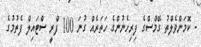
- ކޮމަންވެލްތު ގޭމްސްގެ ފިރިހެނުންގެ ހަތަރެއް ގުނަ 100 ފްރީ ސްޓައިލް ފެތުމުގެ